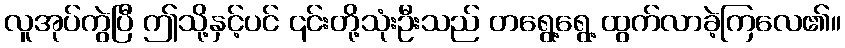
လူအုပ်ကွဲပြီ ဤသို့နှင့်ပင် ၎င်းတို့သုံးဦးသည် တရွေ့ရွေ့ ထွက်လာခဲ့ကြလေ၏။